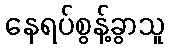
နေရပ်စွန့်ခွာသူ